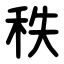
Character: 秩